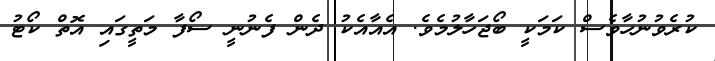
ކުރެވުނުހާވެސް ކަމަކީ ބޯޖަހާލުމެވެ. އެއާއެކު ދެން ފެނުނީ ސޯފާ މަތީގައި އޮތް ކޯޓު